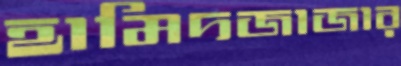
হামিদজাজার